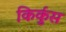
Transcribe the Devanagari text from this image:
किर्कुस